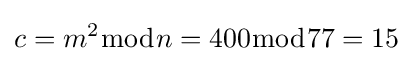
c=m^{2}{\bmod {n}}=400{\bmod {77}}=15